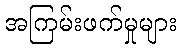
အကြမ်းဖက်မှုများ